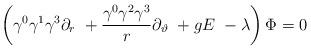
LaTeX: \begin{align*}\left( \gamma ^0\gamma ^1\gamma ^3\partial _r\ +\frac{\gamma^0\gamma ^2\gamma ^3}r\partial _\vartheta \ +gE\ -\lambda \right) \Phi=0\end{align*}